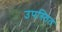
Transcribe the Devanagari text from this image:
उपस्तित